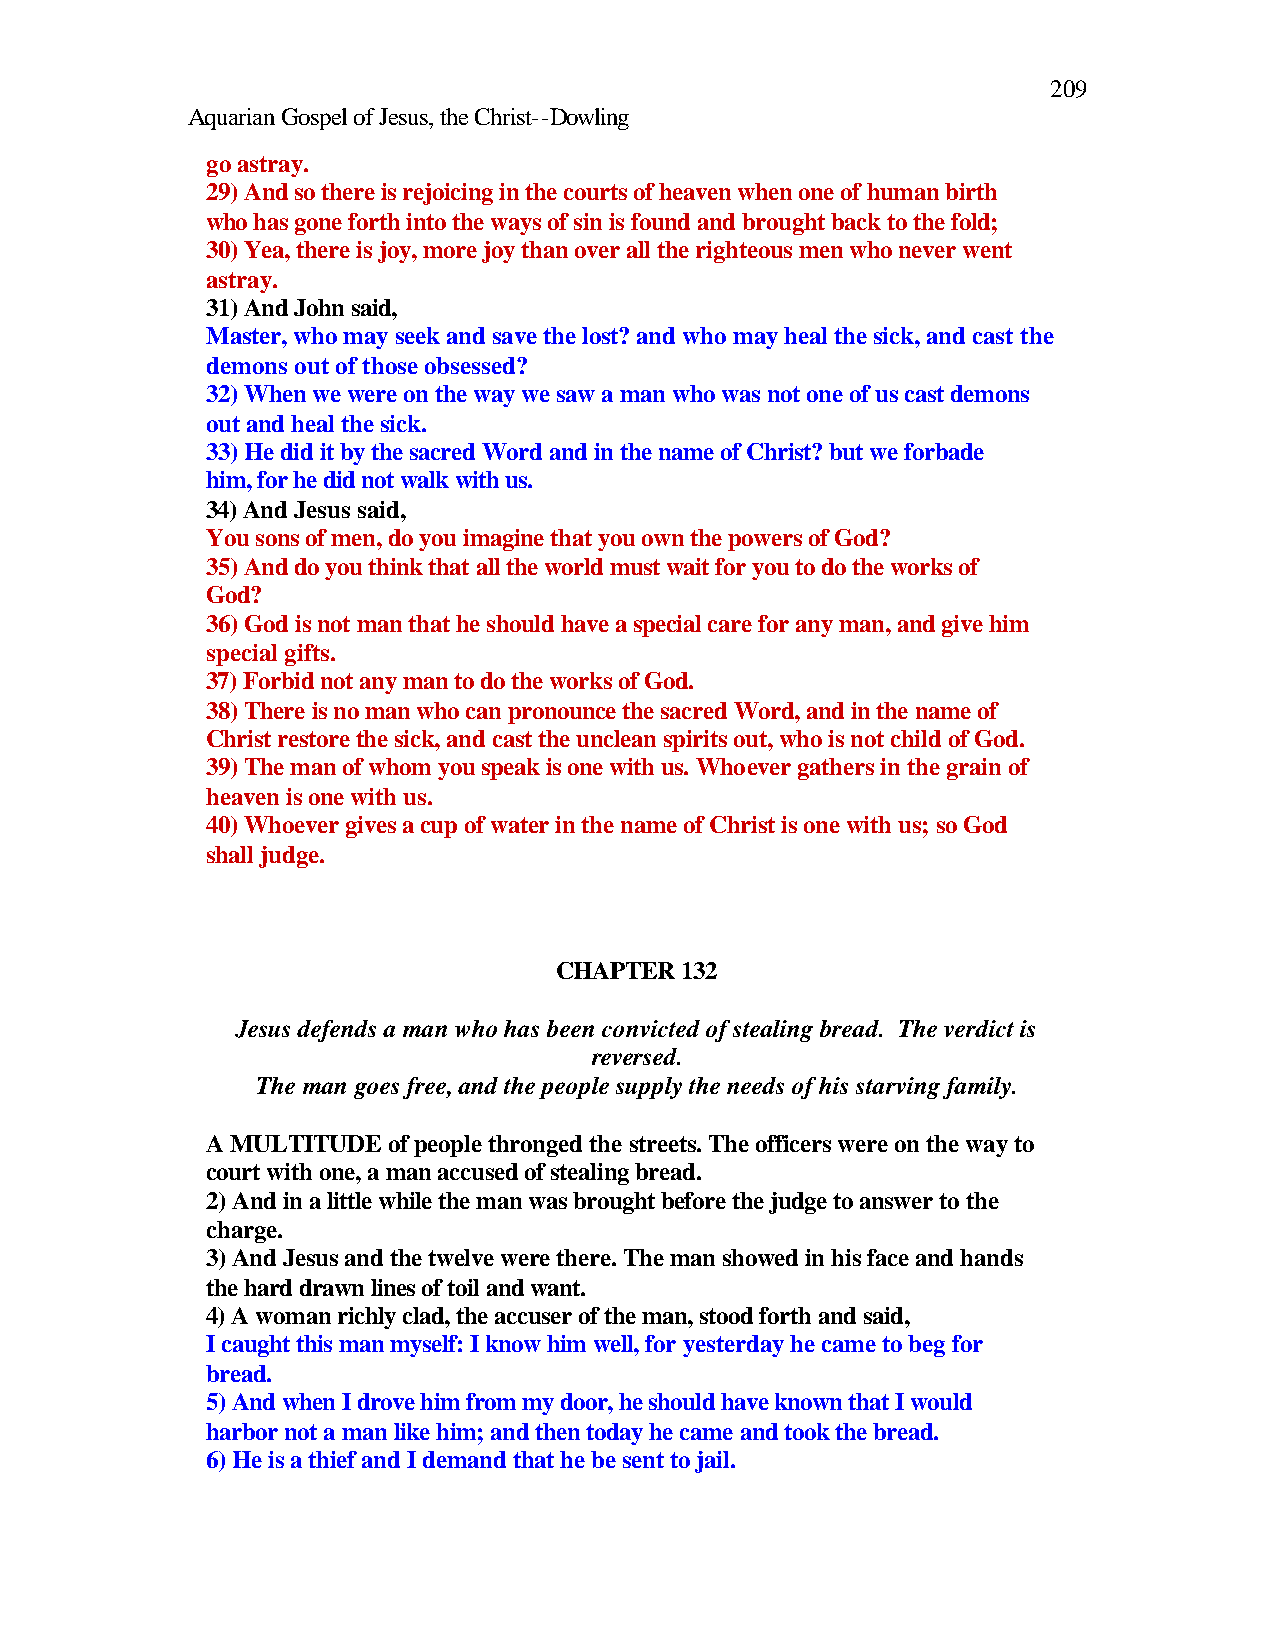
209
 Aquarian Gospel of Jesus, the Christ--Dowling
 go astray.
 29) And so there is rejoicing in the courts of heaven when one of human birth
 who has gone forth into the ways of sin is found and brought back to the fold;
 30) Yea, there is joy, more joy than over all the righteous men who never went
 astray.
 31) And John said,
 Master, who may seek and save the lost? and who may heal the sick, and cast the
 demons out of those obsessed?
 32) When we were on the way we saw a man who was not one of us cast demons
 out and heal the sick.
 33) He did it by the sacred Word and in the name of Christ? but we forbade
 him, for he did not walk with us.
 34) And Jesus said,
 You sons of men, do you imagine that you own the powers of God?
 35) And do you think that all the world must wait for you to do the works of
 God?
 36) God is not man that he should have a special care for any man, and give him
 special gifts.
 37) Forbid not any man to do the works of God.
 38) There is no man who can pronounce the sacred Word, and in the name of
 Christ restore the sick, and cast the unclean spirits out, who is not child of God.
 39) The man of whom you speak is one with us. Whoever gathers in the grain of
 heaven is one with us.
 40) Whoever gives a cup of water in the name of Christ is one with us; so God
 shall judge.
 CHAPTER 132
 Jesus defends a man who has been convicted of stealing bread. The verdict is
 reversed.
 The man goes free, and the people supply the needs of his starving family.
 A MULTITUDE of people thronged the streets. The officers were on the way to
 court with one, a man accused of stealing bread.
 2) And in a little while the man was brought before the judge to answer to the
 charge.
 3) And Jesus and the twelve were there. The man showed in his face and hands
 the hard drawn lines of toil and want.
 4) A woman richly clad, the accuser of the man, stood forth and said,
 I caught this man myself: I know him well, for yesterday he came to beg for
 bread.
 5) And when I drove him from my door, he should have known that I would
 harbor not a man like him; and then today he came and took the bread.
 6) He is a thief and I demand that he be sent to jail.